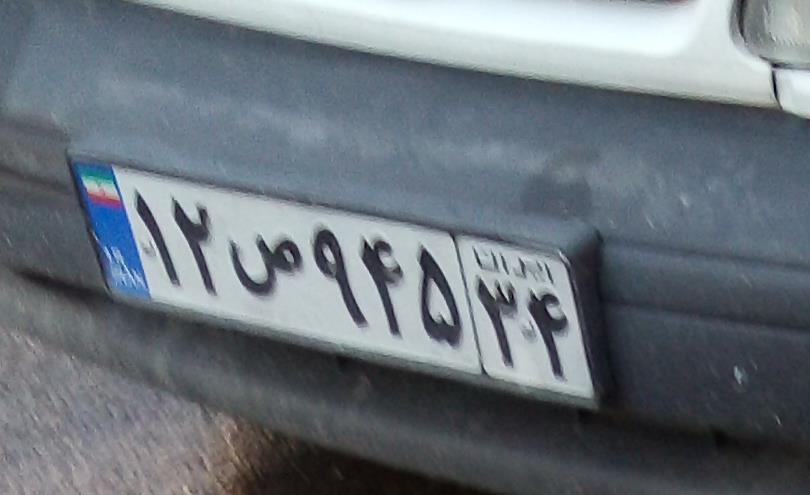
۱۲ص۹۴۵۳۴